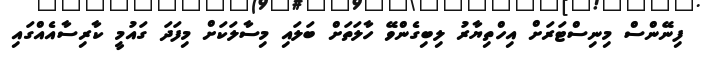
ފިނޭންސް މިނިސްޓަރަށް އިހްތިޔާރު ލިބިގެންވޭ ހާލަތަށް ބަލައި މިސާލަކަށް މިފަދަ ގައުމީ ކާރިސާއެއްގައި